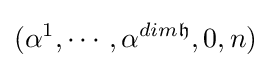
(\alpha ^{1},\cdots ,\alpha ^{dim{\mathfrak {h}}},0,n)